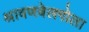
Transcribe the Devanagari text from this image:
श्रावणबेलगोला